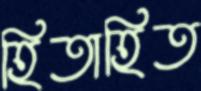
হিতাহিত